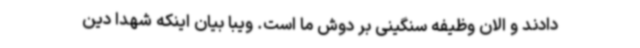
دادند و الان وظیفه سنگینی بر دوش ما است. ویبا بیان اینکه شهدا دین